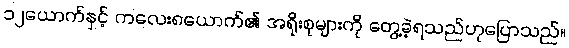
၁၂ယောက်နှင့် ကလေး၈ယောက်၏ အရိုးစုများကို တွေ့ခဲ့ရသည်ဟုပြောသည်။